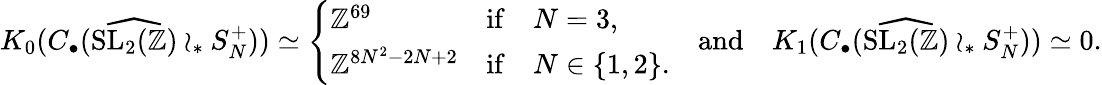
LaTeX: K_{0}(C_{\bullet}(\widehat{\mathrm{SL}_{2}(\mathbb{Z})}\wr_{*}S_{N}^{+}))\simeq\left\{ \begin{array}{lcl}{\mathbb{Z}^{69}}&{\mathrm{if}}&{N=3,}\\ {\mathbb{Z}^{8N^{2}-2N+2}}&{\mathrm{if}}&{N\in\lbrace 1,2\rbrace.}\end{array}\right.\quad\mathrm{and}\quad K_{1}(C_{\bullet}(\widehat{\mathrm{SL}_{2}(\mathbb{Z})}\wr_{*}S_{N}^{+}))\simeq 0.